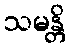
သမန္တိ